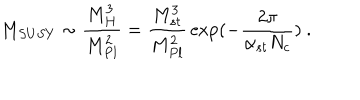
M _ { S U S Y } \sim { \frac { M _ { H } ^ { 3 } } { M _ { P l } ^ { 2 } } } = { \frac { M _ { s t } ^ { 3 } } { M _ { P l } ^ { 2 } } } \exp ( - { \frac { 2 \pi } { \alpha _ { s t } N _ { c } } } ) ~ .